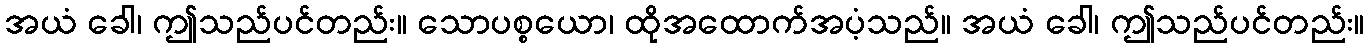
အယံ ခေါ၊ ဤသည်ပင်တည်း။ သောပစ္စယော၊ ထိုအထောက်အပံ့သည်။ အယံ ခေါ၊ ဤသည်ပင်တည်း။